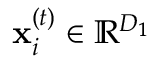
\mathbf { x } _ { i } ^ { ( t ) } \in \mathbb { R } ^ { D _ { 1 } }